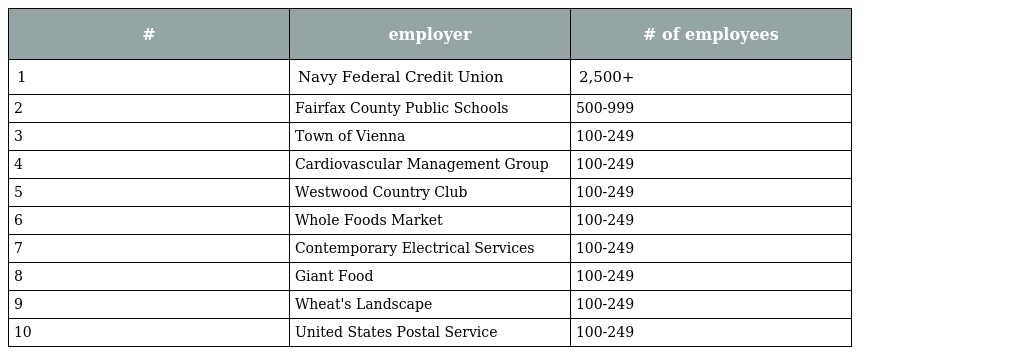
| # | employer | # of employees |
 | --- | --- | --- |
 | 1 | Navy Federal Credit Union | 2,500+ |
 | 2 | Fairfax County Public Schools | 500-999 |
 | 3 | Town of Vienna | 100-249 |
 | 4 | Cardiovascular Management Group | 100-249 |
 | 5 | Westwood Country Club | 100-249 |
 | 6 | Whole Foods Market | 100-249 |
 | 7 | Contemporary Electrical Services | 100-249 |
 | 8 | Giant Food | 100-249 |
 | 9 | Wheat's Landscape | 100-249 |
 | 10 | United States Postal Service | 100-249 |